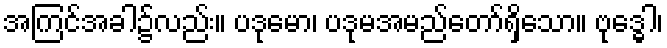
အကြင်အခါ၌လည်း။ ပဒုမော၊ ပဒုမအမည်တော်ရှိသော။ ဗုဒ္ဓေါ၊